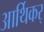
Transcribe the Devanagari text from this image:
आर्थिकर्